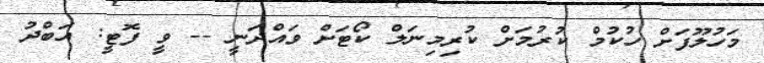
މަހުލޫފަށް ހުކުމް ކުރުމަށް ކުރިމިނަލް ކޯޓަށް ވައްދަނީ -- ވީ ފޮޓީ: އަބްދު